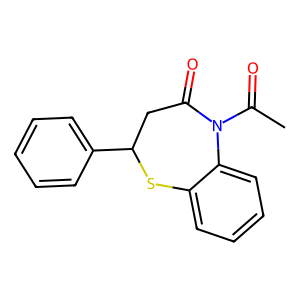
SMILES: CC(=O)N1C(=O)CC(c2ccccc2)Sc2ccccc21
Inhibits HIV replication: No